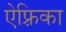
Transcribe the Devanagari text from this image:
ऐफ़्रिका